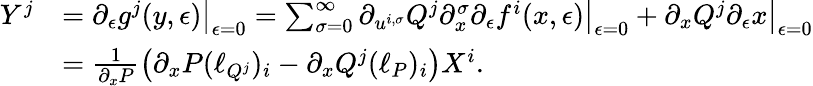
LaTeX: \begin{array}{rl}{Y^{j}}&{=\partial_{\epsilon}g^{j}(y,\epsilon)\big|_{\epsilon=0}=\sum_{\sigma=0}^{\infty}\partial_{u^{i,\sigma}}Q^{j}\partial_{x}^{\sigma}\partial_{\epsilon}f^{i}(x,\epsilon)\big|_{\epsilon=0}+\partial_{x}Q^{j}\partial_{\epsilon}x\big|_{\epsilon=0}}\\ &{=\frac{1}{\partial_{x}P}\left(\partial_{x}P(\ell_{Q^{j}})_{i}-\partial_{x}Q^{j}(\ell_{P})_{i}\right)X^{i}.}\end{array}